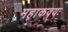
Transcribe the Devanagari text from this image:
महाकवयः